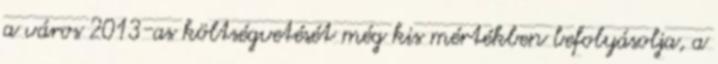
a város 2013-as költségvetését még kis mértékben befolyásolja, a